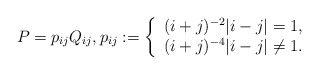
\begin{align*}P=p_{ij}Q_{ij},p_{ij}:=\left\{ \begin{array}{l}(i+j)^{-2}|i-j|=1, \\ (i+j)^{-4}|i-j|\neq 1.\end{array}\right. \end{align*}